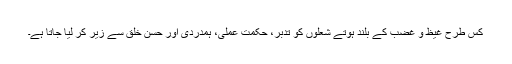
کس طرح غیظ و غضب کے بلند ہوتے شعلوں کو تدبر، حکمت عملی، ہمدردی اور حسن خلق سے زیر کر لیا جاتا ہے۔